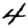
Digit: 4